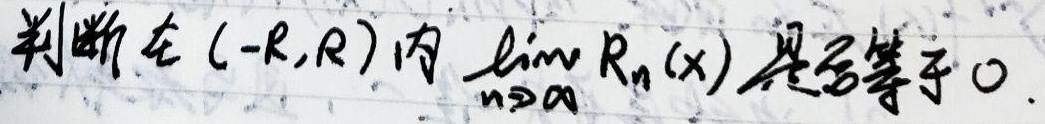
判断在\((-R,R)\)内\(\lim_{n \to \infty} R_{n}(x)\)是否等于\(0\)。